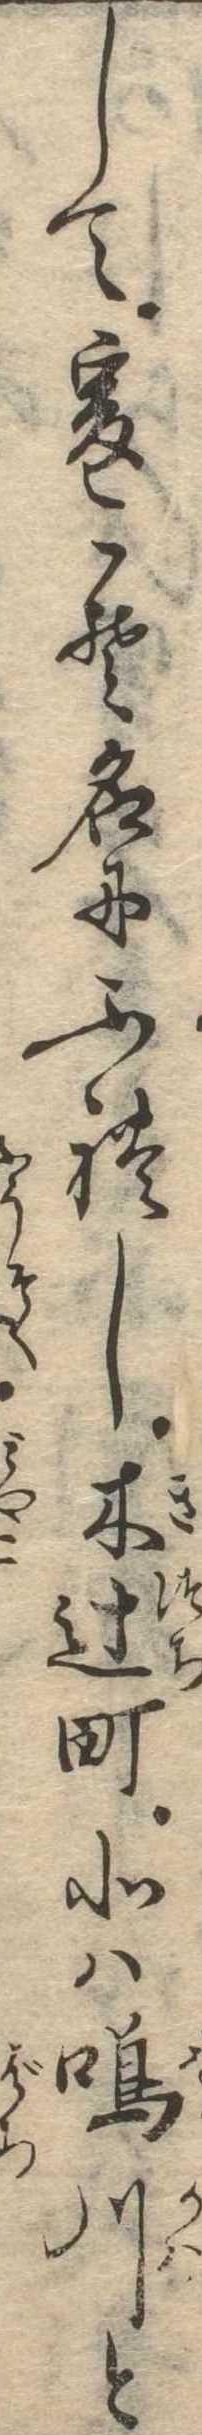
して爰こそ名にふれし木辻町北は鳴川と